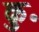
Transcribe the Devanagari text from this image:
कु॰